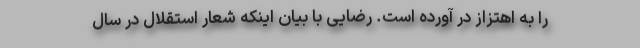
را به اهتزاز در آورده است. رضایی با بیان اینکه شعار استقلال در سال